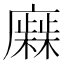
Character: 𢋹